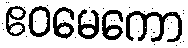
ဧဝမေကော